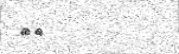
٢٧